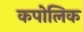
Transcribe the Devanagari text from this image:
कपोलिक